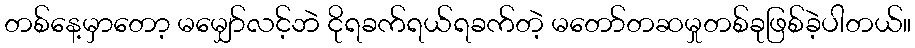
တစ်နေ့မှာတော့ မမျှော်လင့်ဘဲ ငိုရခက်ရယ်ရခက်တဲ့ မတော်တဆမှုတစ်ခုဖြစ်ခဲ့ပါတယ်။